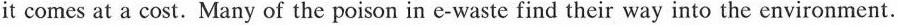
it comes at a cost.Many of the poison in e-waste find their way into the environment.